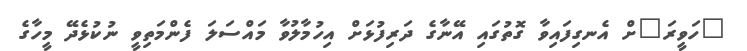
"ހަވީރަ"ށް އެނގިފައިވާ ގޮތުގައި އޭނާގެ ދަރިފުޅަށް އިހުމާލުވާ މައްސަލަ ފެންމަތިވީ ނުކުޅެދޭ މީހާގެ